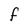
Character: f